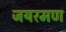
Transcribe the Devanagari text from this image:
जयरमण